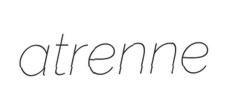
atrenne